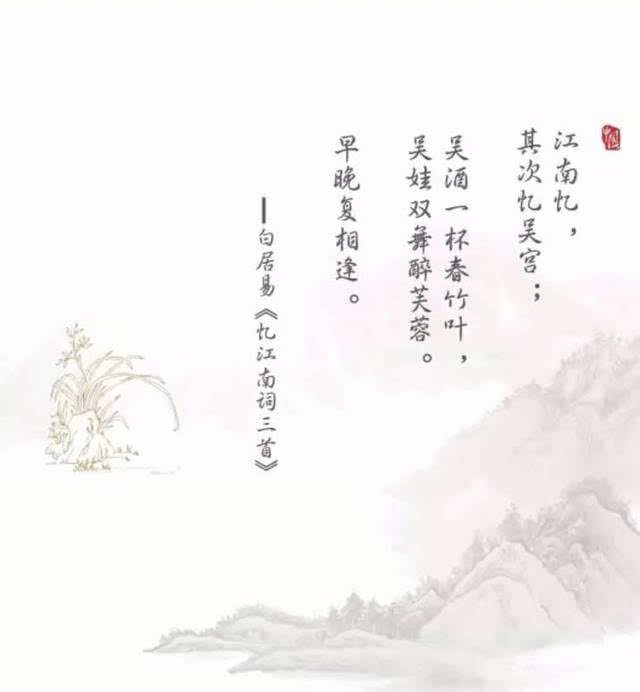
吴酒一杯春竹叶，吴娃双舞醉芙蓉。